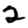
Digit: 2